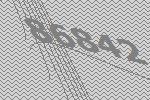
86842